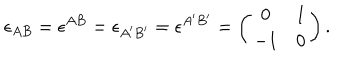
\epsilon _ { A B } = \epsilon ^ { A B } = \epsilon _ { A ^ { \prime } B ^ { \prime } } = \epsilon ^ { A ^ { \prime } B ^ { \prime } } = \left( \begin{array} { c c } { { 0 } } & { { 1 } } \\ { { - 1 } } & { { 0 } } \\ \end{array} \right) .